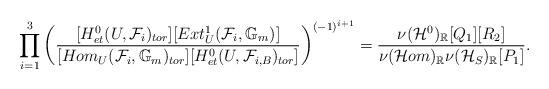
LaTeX: \begin{align*}\prod_{i=1}^3\left( \frac{[H^0_{et}(U,\mathcal{F}_{i})_{tor}][Ext^1_{U}(\mathcal{F}_i,\mathbb{G}_m)]}{[Hom_{U}(\mathcal{F}_i,\mathbb{G}_m)_{tor}][H^0_{et}(U,\mathcal{F}_{i,B})_{tor}]} \right)^{(-1)^{i+1}} = \frac{\nu(\mathcal{H}^0)_{\mathbb{R}}[Q_1][R_2]} {\nu(\mathcal{H}om)_{\mathbb{R}}\nu(\mathcal{H}_S)_{\mathbb{R}}[P_1]}.\end{align*}